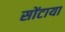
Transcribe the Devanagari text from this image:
सोंटाया